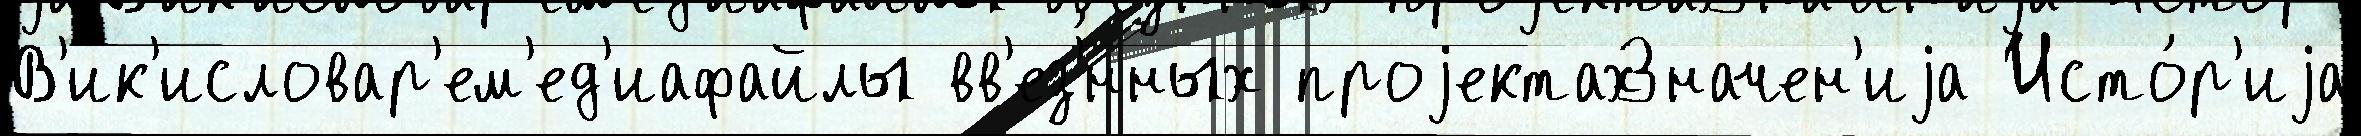
В'ик'исловар'ем'ед'иафайлы вв'ез'́нных проjектахЗначен'иjа Исто́р'иjа